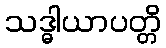
သဒ္ဓါယာပတ္တိ